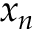
x _ { n }